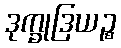
ဒုက္ခုဒြယဉ္စ